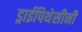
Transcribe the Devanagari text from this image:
ड्राईपिथेसीनी